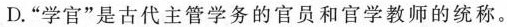
D. “学官”是古代主管学务的官员和官学教师的统称。